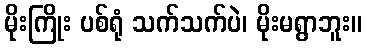
မိုးကြိုး ပစ်ရုံ သက်သက်ပဲ၊ မိုးမရွာဘူး။